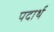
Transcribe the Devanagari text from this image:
पदार्थ